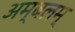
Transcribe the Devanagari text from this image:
अम्बलम्